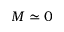
M \simeq 0